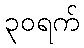
၃၀ရက်